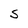
Character: S